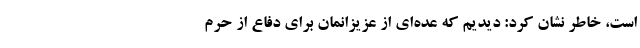
است، خاطر نشان کرد: دیدیم که عده‌ای از عزیزانمان برای دفاع از حرم